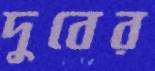
দুবের